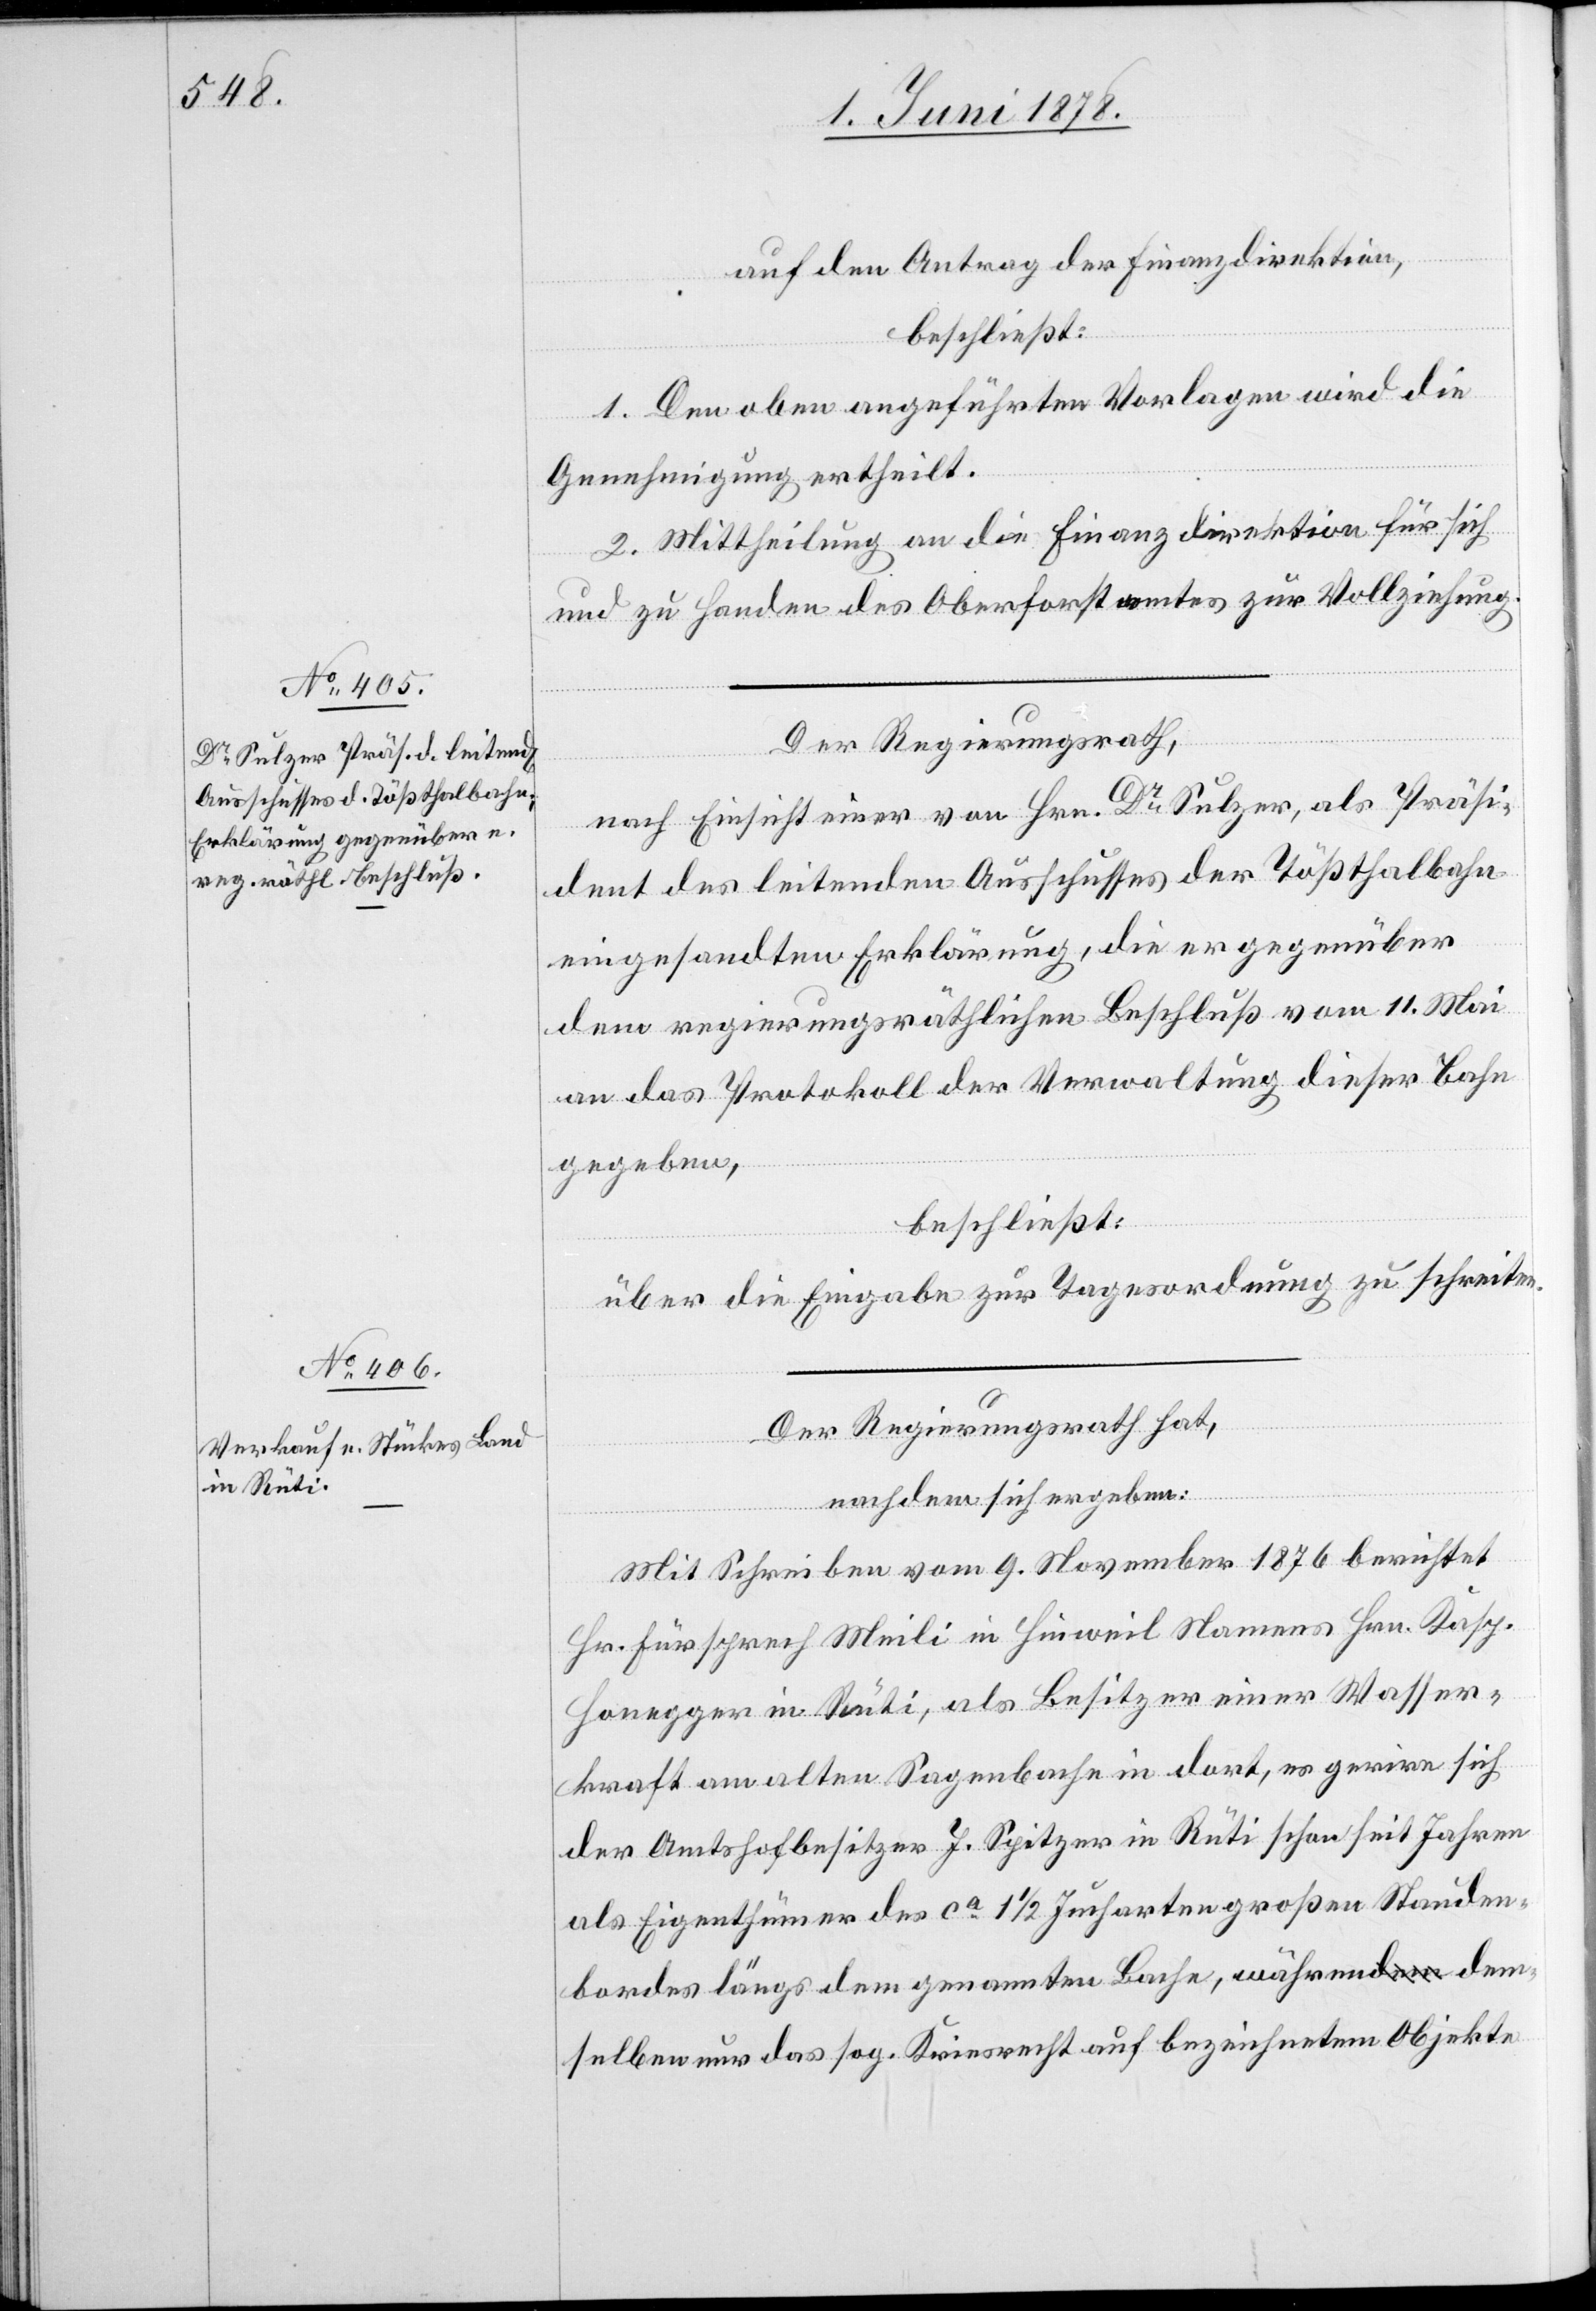
auf den Antrag der Finanzdirektion,
beschließt:
1. Den oben angeführten Vorlagen wird die
Genehmigung ertheilt.
2. Mittheilung an die Finanzdirektion für sich
und zu Handen des Oberforstamtes zur Vollziehung.
Der Regierungsrath,
nach Einsicht einer von Hrn. Dr Sulzer, als Präsi¬
dent des leitenden Ausschusses der Tößthalbahn
eingesandten Erklärung, die er gegenüber
dem regierungsräthlichen Beschluß vom 11. Mai
an das Protokoll der Verwaltung dieser Bahn
gegeben;
beschließt:
Über die Eingabe zur Tagesordnung zu schreiten.
nachdem sich ergeben:
Mit Schreiben vom 9. November 1876 berichtet
Hr. Fürsprech Meili in Hinweil Namens Hrn. Kasp.
Honegger in Rüti, als Besitzer einer Wasser¬
kraft am alten Sagenbache in dort, es gerire sich
der Amtshofbesitzer J. Spitzer in Rüti schon seit Jahren
als Eigenthümer des ca 1 1/2 Jucharten großen Stauden¬
bordes längs dem genannten Bache, während dem¬
selben nur das sog. Kreisrecht auf bezeichnetem Objekte